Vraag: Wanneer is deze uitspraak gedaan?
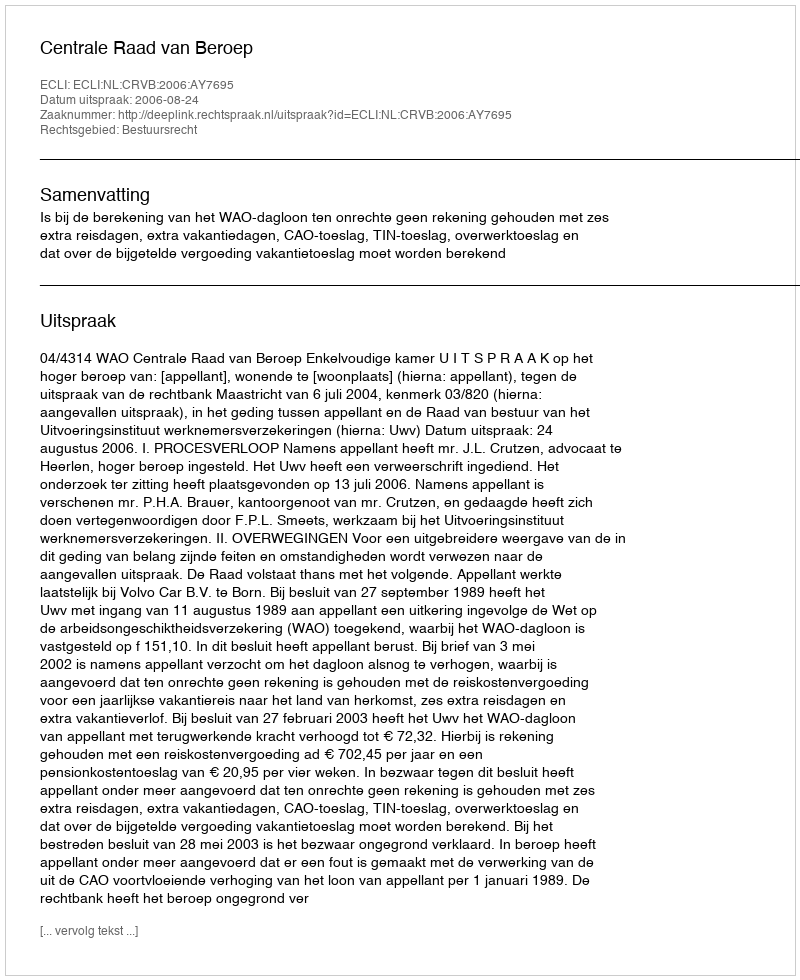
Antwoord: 2006-08-24